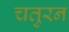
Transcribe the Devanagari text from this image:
चतुरन